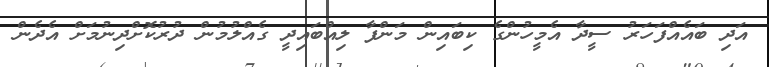
އަދި ބައެއްފަހަރު ސީދާ އެމީހުންގެ ކިބައިން މަންފާ ލިއްބައިދީ ގެއްލުމުން ދުރުކޮށްދިނުމަށް އެދެން